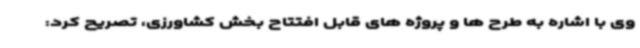
وی با اشاره به طرح ها و پروژه های قابل افتتاح بخش کشاورزی، تصریح کرد: